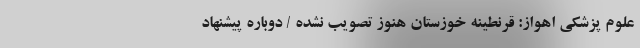
علوم پزشکی اهواز: قرنطینه خوزستان هنوز تصویب نشده / دوباره پیشنهاد